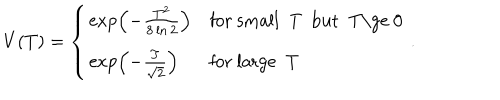
V ( T ) = \left\{ \begin{array} { l l } { { \exp \left( - \frac { T ^ { 2 } } { 8 \ln 2 } \right) } } & { { \mathrm { f o r ~ s m a l l ~ T ~ b u t ~ T \ge ~ 0 ~ } } } \\ { { \exp \left( - \frac { T } { \sqrt { 2 } } \right) } } & { { \mathrm { f o r ~ l a r g e ~ T ~ } } } \\ \end{array} . \right.